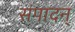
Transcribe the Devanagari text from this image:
संपादन्